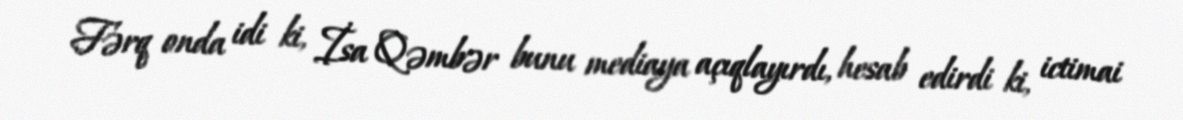
Fərq onda idi ki, İsa Qəmbər bunu mediaya açıqlayırdı, hesab edirdi ki, ictimai